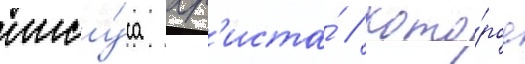
иису́са хр'иста́ / кото́рое